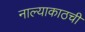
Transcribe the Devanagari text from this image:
नाल्याकाठची